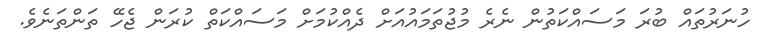
ހުނަރުތައް ބުރަ މަސައްކަތުން ނެރެ މުޖުތަމައުއަށް ދެއްކުމަށް މަސައްކަތް ކުރަން ޖެހޭ ތަންތަނެވެ.